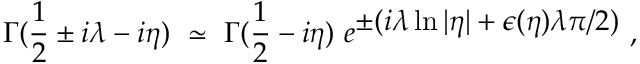
\Gamma ( \frac { 1 } { 2 } \pm i \lambda - i \eta ) \ \simeq \ \Gamma ( \frac { 1 } { 2 } - i \eta ) \ e ^ { { \displaystyle \pm ( i \lambda \ln \vert \eta \vert + \epsilon ( \eta ) \lambda \pi / 2 ) } } \ ,